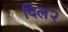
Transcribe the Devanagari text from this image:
दिल२